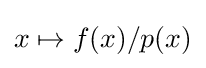
x\mapsto f(x)/p(x)